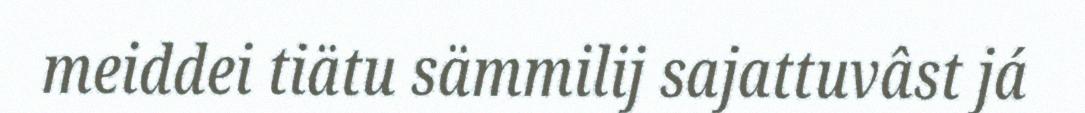
meiddei tiätu sämmilij sajattuvâst já